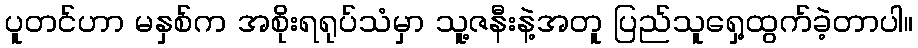
ပူတင်ဟာ မနှစ်က အစိုးရရုပ်သံမှာ သူ့ဇနီးနဲ့အတူ ပြည်သူရှေ့ထွက်ခဲ့တာပါ။